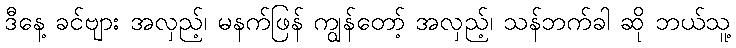
ဒီနေ့ ခင်ဗျား အလှည့်၊ မနက်ဖြန် ကျွန်တော့် အလှည့်၊ သန်ဘက်ခါ ဆို ဘယ်သူ့